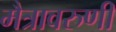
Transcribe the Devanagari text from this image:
मैत्रावरुणी